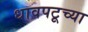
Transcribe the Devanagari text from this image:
धावपटूच्या